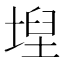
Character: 𡍤